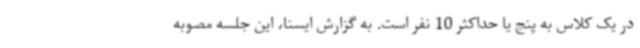
در یک کلاس به پنج یا حداکثر 10 نفر است. به گزارش ایسنا، این جلسه مصوبه